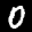
Label: 0